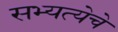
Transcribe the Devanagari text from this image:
सभ्यत्येचे